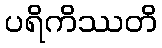
ပရိကိဿတိ